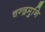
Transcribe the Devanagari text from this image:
चन्द्रमुनि